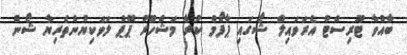
ބާއްވާ ޓޫރިސްޓް އެރަވައިލް ޝޯގައި ޕާފޯމް ކުރާ މަޝްހޫރު ޕޮޕް ލަވަކިޔުންތެރިޔާ ޝޯން